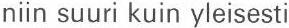
niin suuri kuin yleisesti